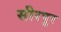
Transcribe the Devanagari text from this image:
सीरपुर